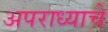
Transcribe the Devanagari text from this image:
अपराध्याचे